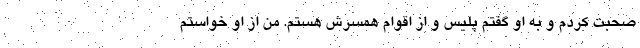
صحبت کردم و به او گفتم پلیس و از اقوام همسرش هستم. من از او خواستم